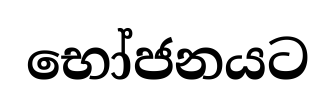
භෝජනයට